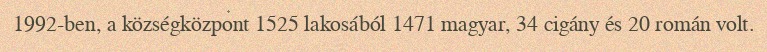
1992-ben, a községközpont 1525 lakosából 1471 magyar, 34 cigány és 20 román volt.